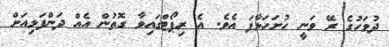
ދުވަހުގެ ރޭ ވަނީ ހުށަހަޅާފަ އެވެ. އެ ރިޕޯޓްގައިވާ ގޮތުން އެއް ދަންފަޅިއަށް